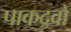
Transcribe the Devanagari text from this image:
पाकद्रवों